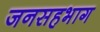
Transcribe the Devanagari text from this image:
जनसहभाग